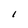
Character: l